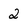
Character: 2